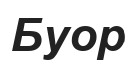
Буор